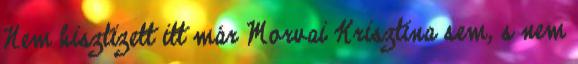
Nem hisztizett itt már Morvai Krisztina sem, s nem